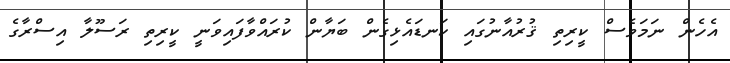
އެހެން ނަމަވެސް ކީރިތި ޤުރުއާނުގައި ކަނޑައެޅިގެން ބަޔާން ކުރައްވާފައިވަނީ ކީރިތި ރަސޫލާ އިސްރާގެ